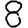
Digit: 8